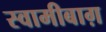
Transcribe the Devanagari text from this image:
स्वामीबाग़